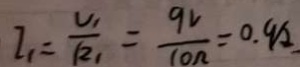
I _ { 1 } = \frac { U _ { 1 } } { R _ { 1 } } = \frac { 9 V } { 1 0 \Omega } = 0 . 9 A .